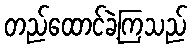
တည်ထောင်ခဲ့ကြသည်